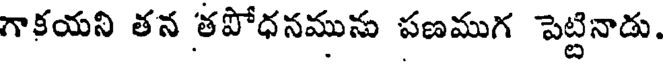
గాకయని తన తపోధనమును పణముగ పెట్టినాడు.